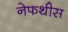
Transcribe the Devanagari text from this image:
नेफथीस